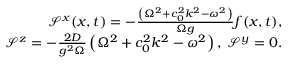
\begin{array} { r l r } & { } & { \mathcal { S } ^ { x } ( x , t ) = - \frac { \left( \Omega ^ { 2 } + c _ { 0 } ^ { 2 } k ^ { 2 } - \omega ^ { 2 } \right) } { \Omega g } f ( x , t ) , } \\ & { } & { \mathcal { S } ^ { z } = - \frac { 2 D } { g ^ { 2 } \Omega } \left( \Omega ^ { 2 } + c _ { 0 } ^ { 2 } k ^ { 2 } - \omega ^ { 2 } \right) , \; \mathcal { S } ^ { y } = 0 . } \end{array}